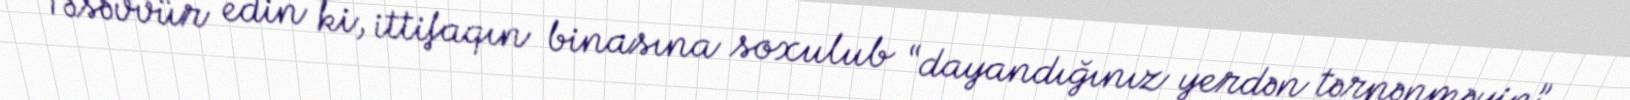
Təsəvvür edin ki, ittifaqın binasına soxulub “dayandığınız yerdən tərpənməyin”